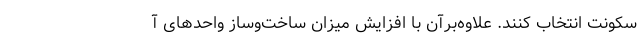
سکونت انتخاب کنند. علاوه‌برآن با افزایش میزان ساخت‌وساز واحدهای آ